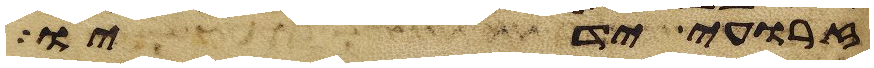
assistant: זרועי ידיו